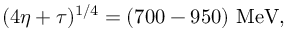
( 4 \eta + \tau ) ^ { 1 / 4 } = ( 7 0 0 - 9 5 0 ) \mathrm { ~ M e V } ,